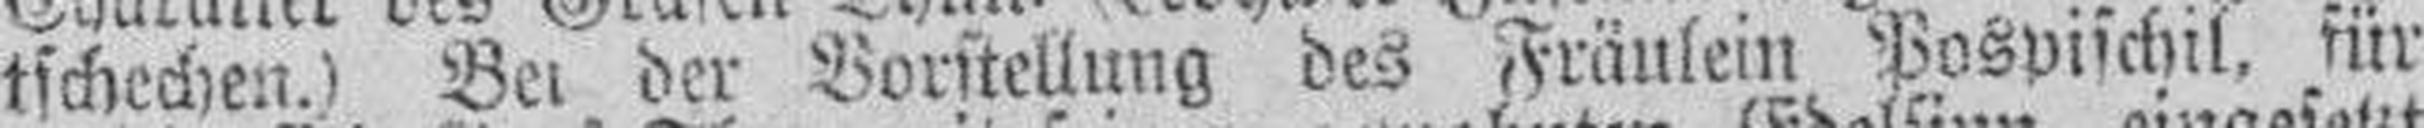
tschechen.) Bei der Vorstellung des Fräulein Pospischil, für